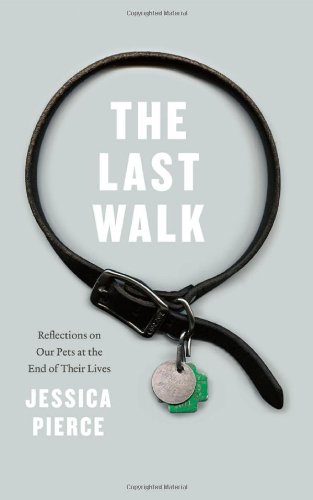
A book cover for The Last Walk: Reflections on Our Pets at the End of Their Lives; Jessica Pierce; Crafts, Hobbies & Home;